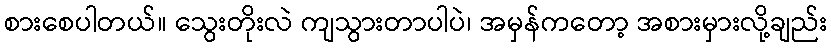
စားစေပါတယ်။ သွေးတိုးလဲ ကျသွားတာပါပဲ၊ အမှန်ကတော့ အစားမှားလို့ချည်း